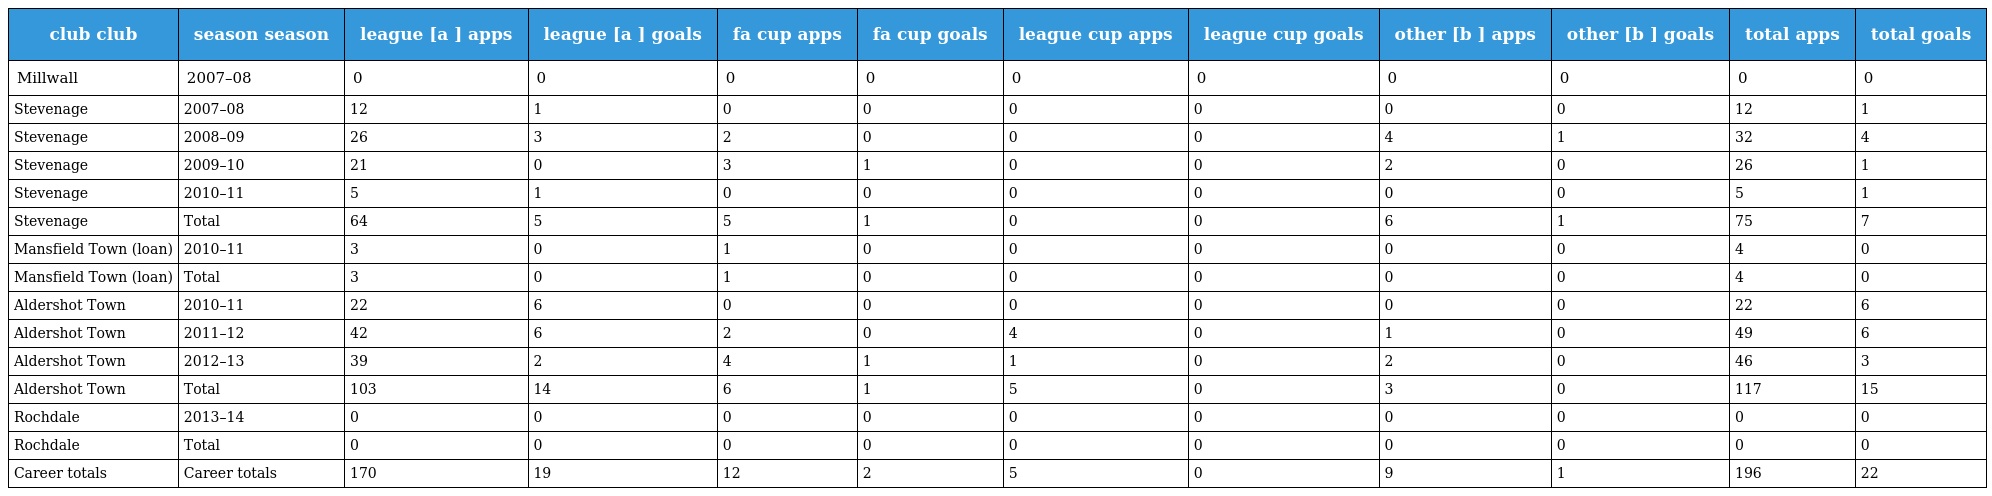
| club club | season season | league [a ] apps | league [a ] goals | fa cup apps | fa cup goals | league cup apps | league cup goals | other [b ] apps | other [b ] goals | total apps | total goals |
 | --- | --- | --- | --- | --- | --- | --- | --- | --- | --- | --- | --- |
 | Millwall | 2007–08 | 0 | 0 | 0 | 0 | 0 | 0 | 0 | 0 | 0 | 0 |
 | Stevenage | 2007–08 | 12 | 1 | 0 | 0 | 0 | 0 | 0 | 0 | 12 | 1 |
 | Stevenage | 2008–09 | 26 | 3 | 2 | 0 | 0 | 0 | 4 | 1 | 32 | 4 |
 | Stevenage | 2009–10 | 21 | 0 | 3 | 1 | 0 | 0 | 2 | 0 | 26 | 1 |
 | Stevenage | 2010–11 | 5 | 1 | 0 | 0 | 0 | 0 | 0 | 0 | 5 | 1 |
 | Stevenage | Total | 64 | 5 | 5 | 1 | 0 | 0 | 6 | 1 | 75 | 7 |
 | Mansfield Town (loan) | 2010–11 | 3 | 0 | 1 | 0 | 0 | 0 | 0 | 0 | 4 | 0 |
 | Mansfield Town (loan) | Total | 3 | 0 | 1 | 0 | 0 | 0 | 0 | 0 | 4 | 0 |
 | Aldershot Town | 2010–11 | 22 | 6 | 0 | 0 | 0 | 0 | 0 | 0 | 22 | 6 |
 | Aldershot Town | 2011–12 | 42 | 6 | 2 | 0 | 4 | 0 | 1 | 0 | 49 | 6 |
 | Aldershot Town | 2012–13 | 39 | 2 | 4 | 1 | 1 | 0 | 2 | 0 | 46 | 3 |
 | Aldershot Town | Total | 103 | 14 | 6 | 1 | 5 | 0 | 3 | 0 | 117 | 15 |
 | Rochdale | 2013–14 | 0 | 0 | 0 | 0 | 0 | 0 | 0 | 0 | 0 | 0 |
 | Rochdale | Total | 0 | 0 | 0 | 0 | 0 | 0 | 0 | 0 | 0 | 0 |
 | Career totals | Career totals | 170 | 19 | 12 | 2 | 5 | 0 | 9 | 1 | 196 | 22 |